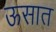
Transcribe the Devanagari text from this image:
ऊसात